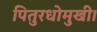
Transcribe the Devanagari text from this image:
पितुरधोमुखी।